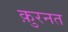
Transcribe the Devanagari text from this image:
क़ुरनत